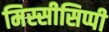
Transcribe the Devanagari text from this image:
मिस्सीसिप्पी